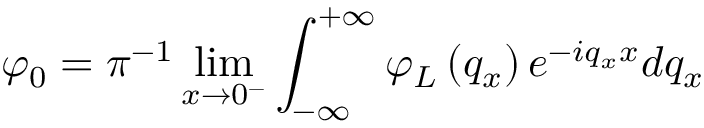
\varphi _ { 0 } = \pi ^ { - 1 } \operatorname* { l i m } _ { x \to 0 ^ { - } } \int _ { - \infty } ^ { + \infty } { { { \varphi } _ { L } } \left( { { q } _ { x } } \right) e ^ { - i q _ { x } x } d { { q } _ { x } } }